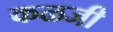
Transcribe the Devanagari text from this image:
कळजी